Vaccination in the Punjab 1883-1896 - 1883-1896
Year: 1883
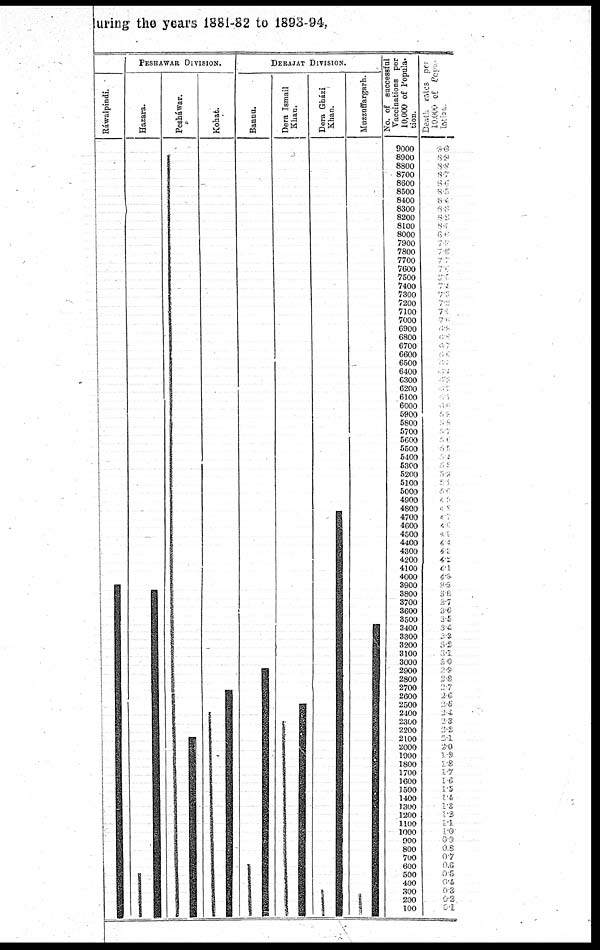
During the years 1881-82 to 1893-94,